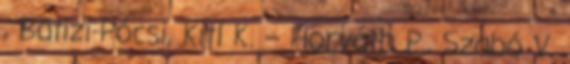
, Batizi-Pócsi, Kitl K. – Horváth P., Szabó V.